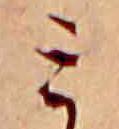
ミ